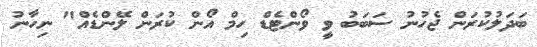
ބަދަލުކުރަން ޖެހުނު ސަބަބު ވީ ވޯންޓެޑް ހިމް އޯން ކުރަން ލޭންޑެއް" ނިހާނު